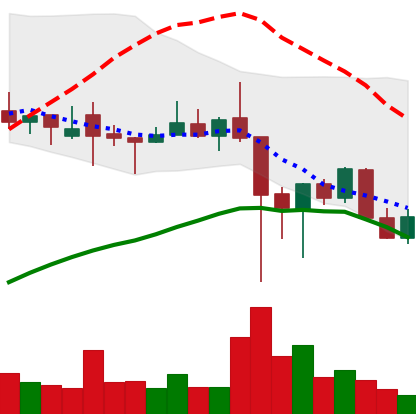
Ticker: XLM-USD
Chart end date: 2021-12-11
Forward return: -6.836%
Label: down_5_7